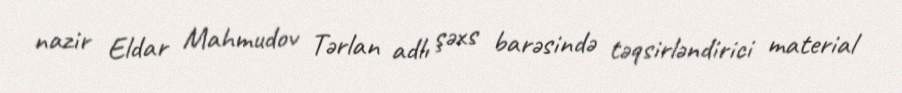
nazir Eldar Mahmudov Tərlan adlı şəxs barəsində təqsirləndirici material